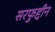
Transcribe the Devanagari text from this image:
सरफुद्दीन